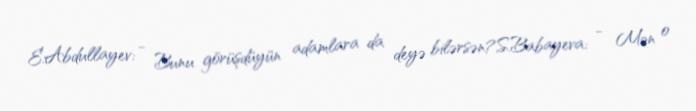
E.Abdullayev: - Bunu görüşdüyün adamlara da deyə bilərsən?S.Babayeva: - Mən o